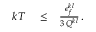
\begin{array} { r l r } { k T } & { { } \le } & { \frac { \epsilon _ { f } ^ { k l } } { 3 \, Q ^ { k l } } \, . } \end{array}